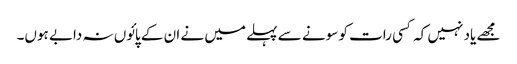
مجھے یاد نہیں کہ کسی رات کو سونے سے پہلے میں نے ان کے پائوں نہ دابے ہوں۔